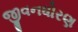
જીવનધોરણ